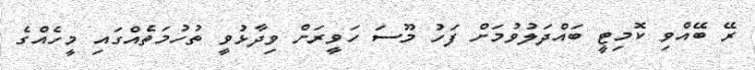
ރޭ ބޭއްވި ކޮމިޓީ ބައްދަލުވުމަށް ފަހު މޫސަ ހަވީރަށް ވިދާޅުވީ ތުހުމަތެއްގައި މީހެއްގެ